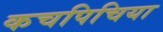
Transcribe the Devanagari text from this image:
कचपिचिया